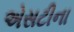
એસટીના